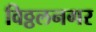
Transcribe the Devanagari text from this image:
विठ्ठलनगर